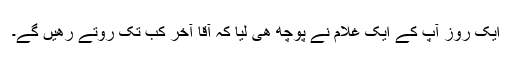
ایک روز آپ کے ایک غلام نے پوچھ ھی لیا کہ آقا آخر کب تک روتے رھیں گے۔